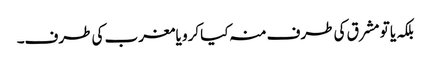
بلکہ یا تو مشرق کی طرف منہ کیا کرو یا مغرب کی طرف۔